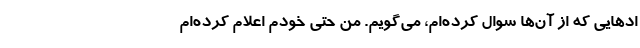
ادهایی که از آن‌ها سوال کرده‌ام، می‌گویم. من حتی خودم اعلام کرده‌ام